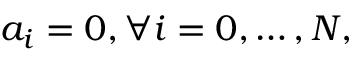
a _ { i } = 0 , \forall i = 0 , \dots , N ,